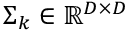
\Sigma _ { k } \in \mathbb { R } ^ { D \times D }